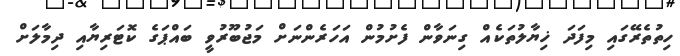
ހިތުތެރޭގައި މިފަދަ ޚިޔާލުތަކެއް ގިނަވާން ފެށުމުން އަހަރެންނަށް މަޖުބޫރުވީ ބައްޕަގެ ކޮޓަރިޔާއި ދިމާލަށް